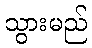
သွားမည်